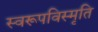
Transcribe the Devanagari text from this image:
स्वरूपविस्मृति